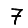
Digit: 7